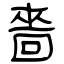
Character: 嗇